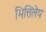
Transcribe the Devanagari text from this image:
भित्तिलेप